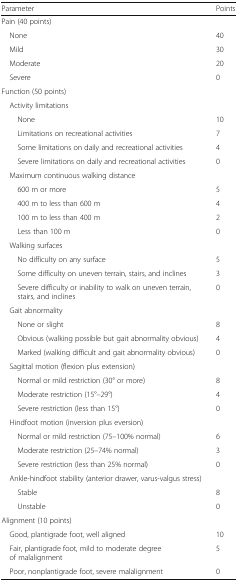
<table><thead><tr><td><b>Parameter</b></td><td><b>Points</b></td></tr></thead><tbody><tr><td colspan="2">Pain (40 points)</td></tr><tr><td> None</td><td>40</td></tr><tr><td> Mild</td><td>30</td></tr><tr><td> Moderate</td><td>20</td></tr><tr><td> Severe</td><td>0</td></tr><tr><td colspan="2">Function (50 points)</td></tr><tr><td colspan="2"> Activity limitations</td></tr><tr><td>None</td><td>10</td></tr><tr><td>Limitations on recreational activities</td><td>7</td></tr><tr><td>Some limitations on daily and recreational activities</td><td>4</td></tr><tr><td>Severe limitations on daily and recreational activities</td><td>0</td></tr><tr><td colspan="2"> Maximum continuous walking distance</td></tr><tr><td>600 m or more</td><td>5</td></tr><tr><td>400 m to less than 600 m</td><td>4</td></tr><tr><td>100 m to less than 400 m</td><td>2</td></tr><tr><td>Less than 100 m</td><td>0</td></tr><tr><td colspan="2"> Walking surfaces</td></tr><tr><td>No difficulty on any surface</td><td>5</td></tr><tr><td>Some difficulty on uneven terrain, stairs, and inclines</td><td>3</td></tr><tr><td>Severe difficulty or inability to walk on uneven terrain, stairs, and inclines</td><td>0</td></tr><tr><td colspan="2"> Gait abnormality</td></tr><tr><td>None or slight</td><td>8</td></tr><tr><td>Obvious (walking possible but gait abnormality obvious)</td><td>4</td></tr><tr><td>Marked (walking difficult and gait abnormality obvious)</td><td>0</td></tr><tr><td colspan="2"> Sagittal motion (flexion plus extension)</td></tr><tr><td>Normal or mild restriction (30° or more)</td><td>8</td></tr><tr><td>Moderate restriction (15°–29°)</td><td>4</td></tr><tr><td>Severe restriction (less than 15°)</td><td>0</td></tr><tr><td colspan="2"> Hindfoot motion (inversion plus eversion)</td></tr><tr><td>Normal or mild restriction (75–100% normal)</td><td>6</td></tr><tr><td>Moderate restriction (25–74% normal)</td><td>3</td></tr><tr><td>Severe restriction (less than 25% normal)</td><td>0</td></tr><tr><td colspan="2"> Ankle-hindfoot stability (anterior drawer, varus-valgus stress)</td></tr><tr><td>Stable</td><td>8</td></tr><tr><td>Unstable</td><td>0</td></tr><tr><td colspan="2">Alignment (10 points)</td></tr><tr><td> Good, plantigrade foot, well aligned</td><td>10</td></tr><tr><td> Fair, plantigrade foot, mild to moderate degree of malalignment</td><td>5</td></tr><tr><td> Poor, nonplantigrade foot, severe malalignment</td><td>0</td></tr></tbody></table>